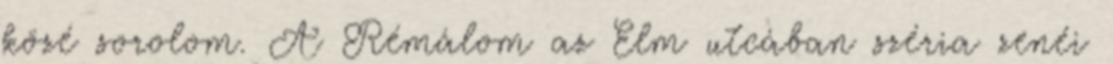
közé sorolom. A Rémálom az Elm utcában széria zenéi